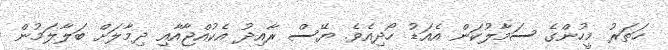
ހަތަރު މީހުންގެ ސަމާލުކަން އެއަޑު ހޯދިއެވެ. ޔޭސް ރާއިދު އެކުއްޖާއާއި ދިމާލަށް ބަލާލަމުން